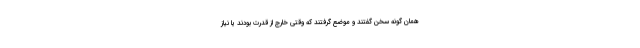
همان گونه سخن گفتند و موضع گرفتند که وقتی خارج از قدرت بودند یا نیاز